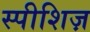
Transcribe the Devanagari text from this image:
स्पीशिज़